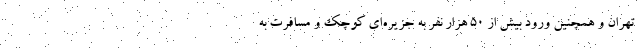
تهران و همچنین ورود بیش از ۵۰ هزار نفر به جزیره‌ای کوچک و مسافرت به